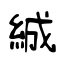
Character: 絾